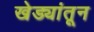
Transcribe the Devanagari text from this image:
खेड्यांतून